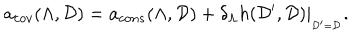
a _ { c o v } ( \Lambda , { \cal D } ) = a _ { c o n s } ( \Lambda , { \cal D } ) + \delta _ { \Lambda } h ( { \cal D } ^ { \prime } , { \cal D } ) | _ { _ { { \cal D } ^ { \prime } = { \cal D } } } .